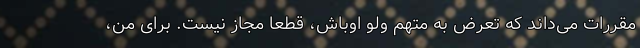
مقررات می‌داند که تعرض به متهم ولو اوباش، قطعاً مجاز نیست. برای من،